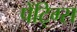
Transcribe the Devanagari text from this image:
पेंटि्ग्स